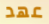
عهد